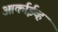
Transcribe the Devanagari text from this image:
आर्काईव्ह